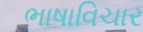
ભાષાવિચાર